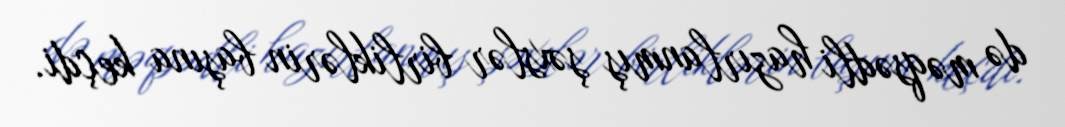
də məqsədli hazırlanmış şəxslər birliklərin başına keçdi.